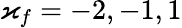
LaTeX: \varkappa_{f}=-2,-1,1